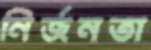
নির্জনতা